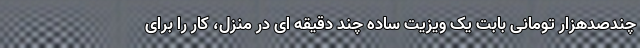
چندصدهزار تومانی بابت یک ویزیت ساده چند دقیقه ای در منزل، کار را برای